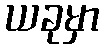
ယခုမှာ